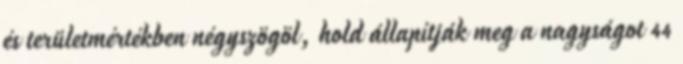
és területmértékben négyszögöl, hold állapítják meg a nagyságot 44